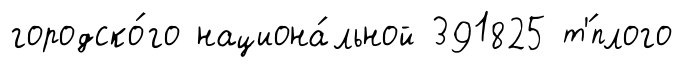
городско́го национа́льной 391825 т'́плого